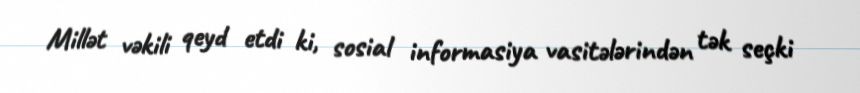
Millət vəkili qeyd etdi ki, sosial informasiya vasitələrindən tək seçki